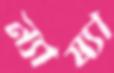
ন্যায্যা